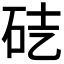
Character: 𥑄